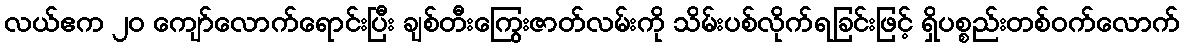
လယ်ဧက ၂၀ ကျော်လောက်ရောင်းပြီး ချစ်တီးကြွေးဇာတ်လမ်းကို သိမ်းပစ်လိုက်ရခြင်းဖြင့် ရှိပစ္စည်းတစ်ဝက်လောက်